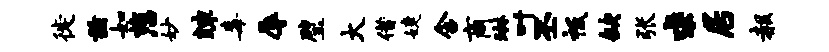
徙兹如慈妙竦毒辱璧大借婕含商琳叶丕祗缺张求居赧